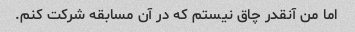
اما من آنقدر چاق نیستم که در آن مسابقه شرکت کنم.